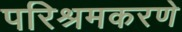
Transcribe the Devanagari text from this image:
परिश्रमकरणे